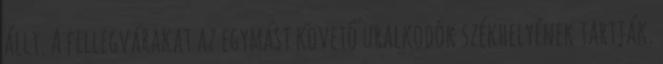
állt. A fellegvárakat az egymást követő uralkodók székhelyének tartják.